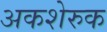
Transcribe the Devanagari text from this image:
अकशेरुक